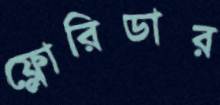
ফ্লোরিডার